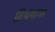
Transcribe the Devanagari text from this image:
तिर्थयात्रा